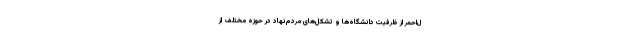
ل‌احمر از ظرفیت دانشگاه‌ها و تشکل‌های مردم‌نهاد در حوزه مختلف از